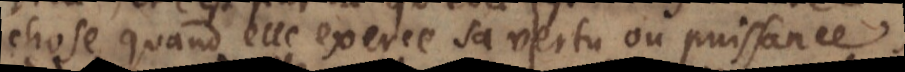
chose quand elle exerce sa vertu ou puissance,